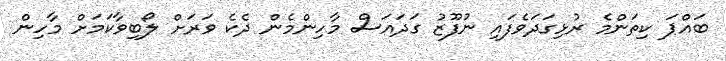
ބައްޕަ ކިތަންމެ ރުޅިގަދަވެފައި ނުފޫޒު ގަދައަސް މާހިންމެން ދެކެ ވަރަށް ލޯބިވާކަމަށް މާހިން